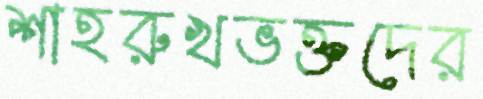
শাহরুখভক্তদের